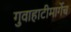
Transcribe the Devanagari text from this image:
गुवाहाटीमार्गेच